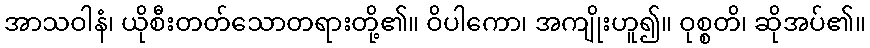
အာသဝါနံ၊ ယိုစီးတတ်သောတရားတို့၏။ ဝိပါကော၊ အကျိုးဟူ၍။ ဝုစ္စတိ၊ ဆိုအပ်၏။